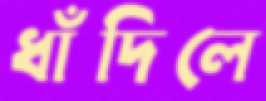
ধাঁদিলে